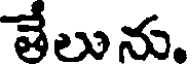
తేలును.